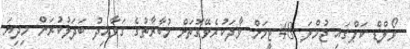
ވޯލްޑް ކަޕްގައި ޖުމްލަ 48 ޓީމަށް ވާދަކުރެވޭގޮތަށް މުބާރާތުގެ ގަވާއިދު ބަދަލުކުރަން މިދިޔަ